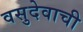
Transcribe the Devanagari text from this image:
वसुदेवाची